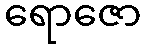
ရောဇော